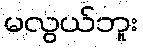
မလွယ်ဘူး